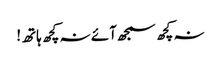
نہ کچھ سمجھ آئے نہ کچھ ہاتھ!